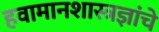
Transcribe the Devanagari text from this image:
हवामानशास्त्रज्ञांचे